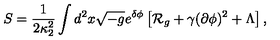
S = { \frac { 1 } { 2 \kappa _ { 2 } ^ { 2 } } } \int d ^ { 2 } x \sqrt { - g } e ^ { \delta \phi } \left[ { \cal R } _ { g } + \gamma ( \partial \phi ) ^ { 2 } + \Lambda \right] ,